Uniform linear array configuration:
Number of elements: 48
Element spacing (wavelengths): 1
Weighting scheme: blackman
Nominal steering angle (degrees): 45
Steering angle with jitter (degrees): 46.159
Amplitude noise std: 0.05
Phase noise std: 0.05

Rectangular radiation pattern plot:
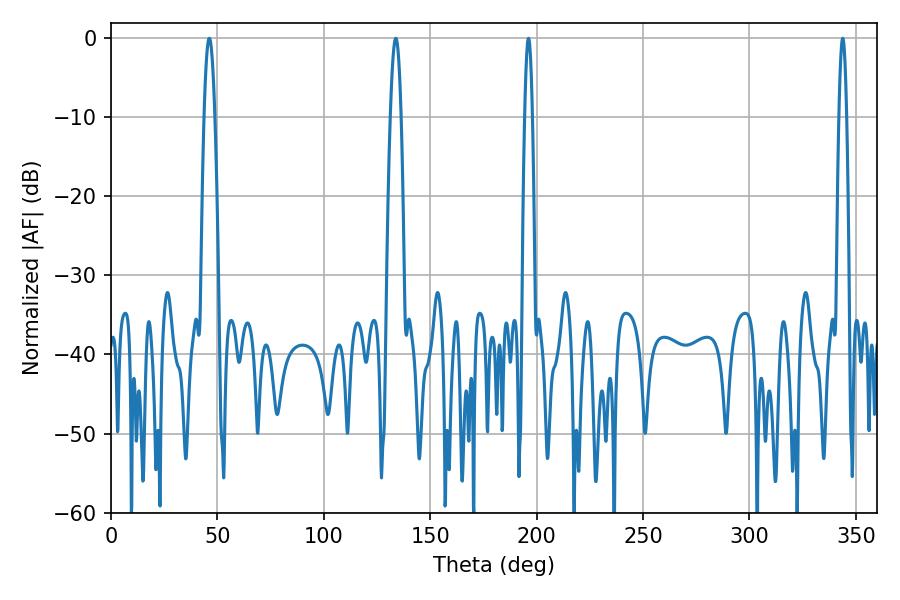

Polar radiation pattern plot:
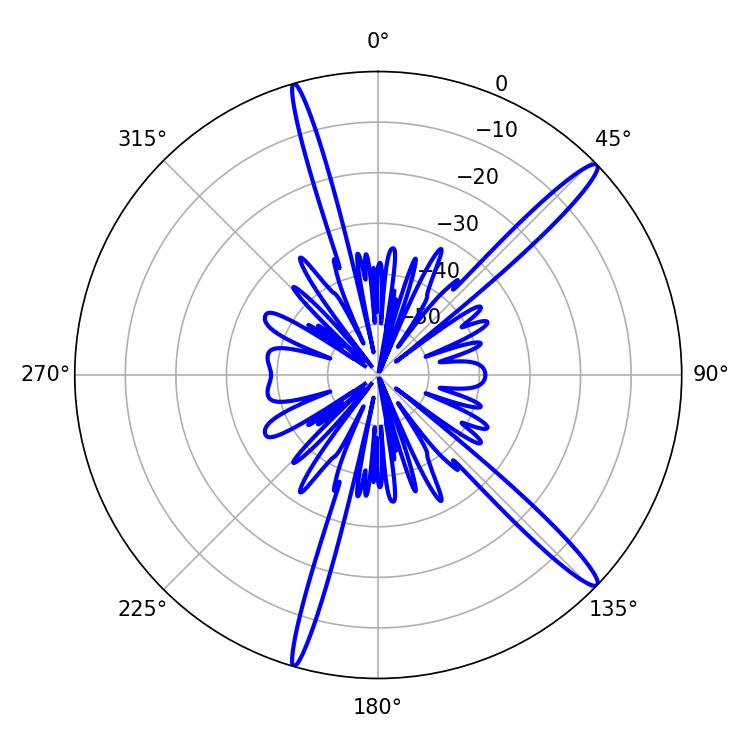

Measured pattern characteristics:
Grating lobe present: TRUE
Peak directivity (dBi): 15.588
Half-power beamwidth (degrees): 1.8
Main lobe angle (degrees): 343.8